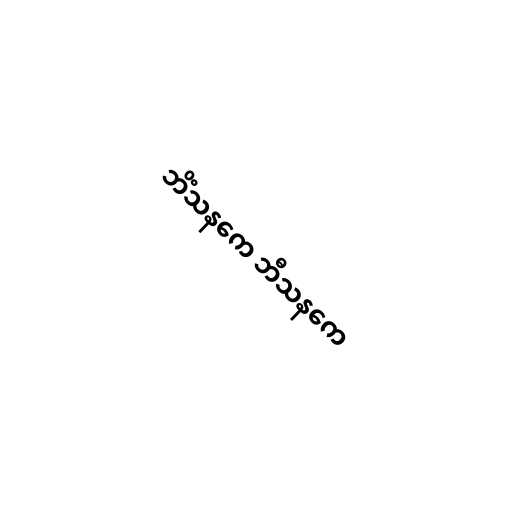
ဘိံသနကေ ဘီသနကေ